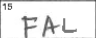
Transcription: FAL